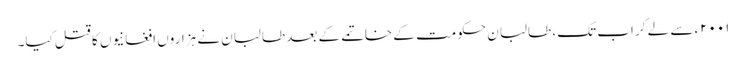
۲۰۰۱ء سے لے کر اب تک، طالبان حکومت کے خاتمے کے بعد طالبان نے ہزاروں افغانیوں کا قتل کیا۔